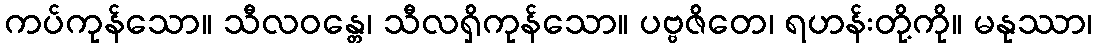
ကပ်ကုန်သော။ သီလဝန္တေ၊ သီလရှိကုန်သော။ ပဗ္ဗဇိတေ၊ ရဟန်းတို့ကို။ မနုဿာ၊